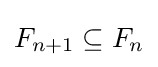
F_{n+1}\subseteq F_{n}